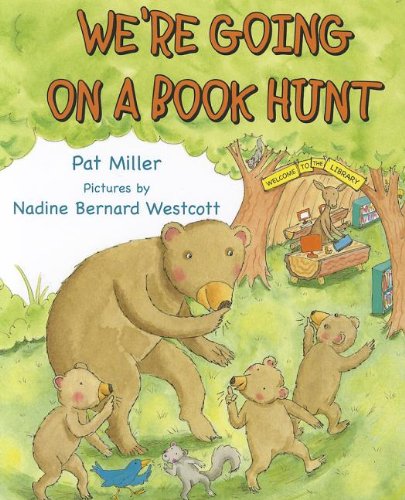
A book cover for We're Going on a Book Hunt (Storytime Picture Books); Pat Miller; Children's Books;